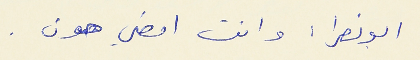
ابو نصرا : وانت امضي هون .